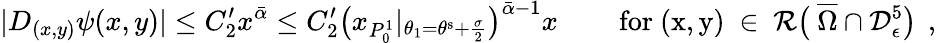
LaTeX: |D_{(x,y)}\psi(x,y)|\leq C_{2}^{\prime}x^{\bar{\alpha}}\leq C_{2}^{\prime}\big(x_{P_{0}^{1}}|_{\theta_{1}=\theta^{\mathrm{s}}+\frac{\sigma}{2}}\big)^{\bar{\alpha}-1}x\qquad\, \mathrm{for~(x,y)~\in~\mathcal{R}\big(~\overline{{\Omega}}\cap\mathcal{D}^5_\epsilon\big)~}\, ,